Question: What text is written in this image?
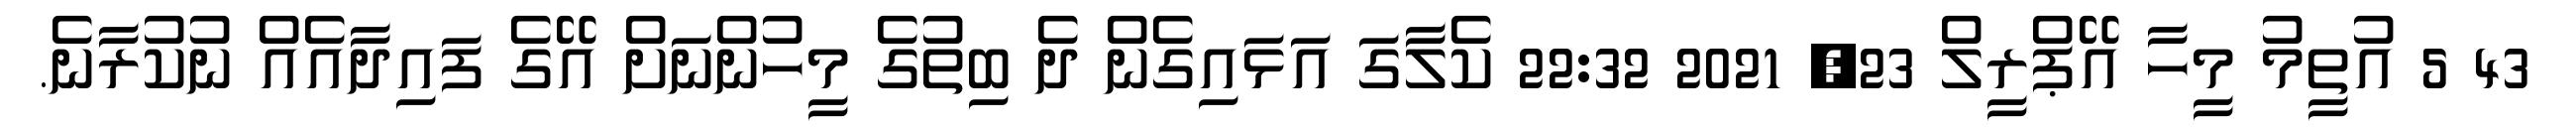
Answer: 43 5 އުތީމު މީހާ އޭޕްރީލް 23, 2021 22:32 ކެލާގަ އަޅައިގެން ދެ ބިތުގެ މީހުންނަށް އޭގެ ފައިދާއެއް ނުކުރާނެ.